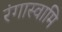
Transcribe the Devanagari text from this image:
रंगास्वामि